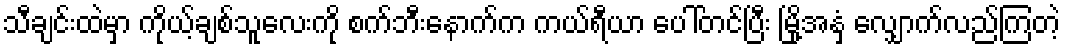
သီချင်းထဲမှာ ကိုယ့်ချစ်သူလေးကို စက်ဘီးနောက်က ကယ်ရီယာ ပေါ်တင်ပြီး မြို့အနှံ့ လျှောက်လည်ကြတဲ့